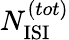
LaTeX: N_{\mathrm{ISI}}^{(tot)}